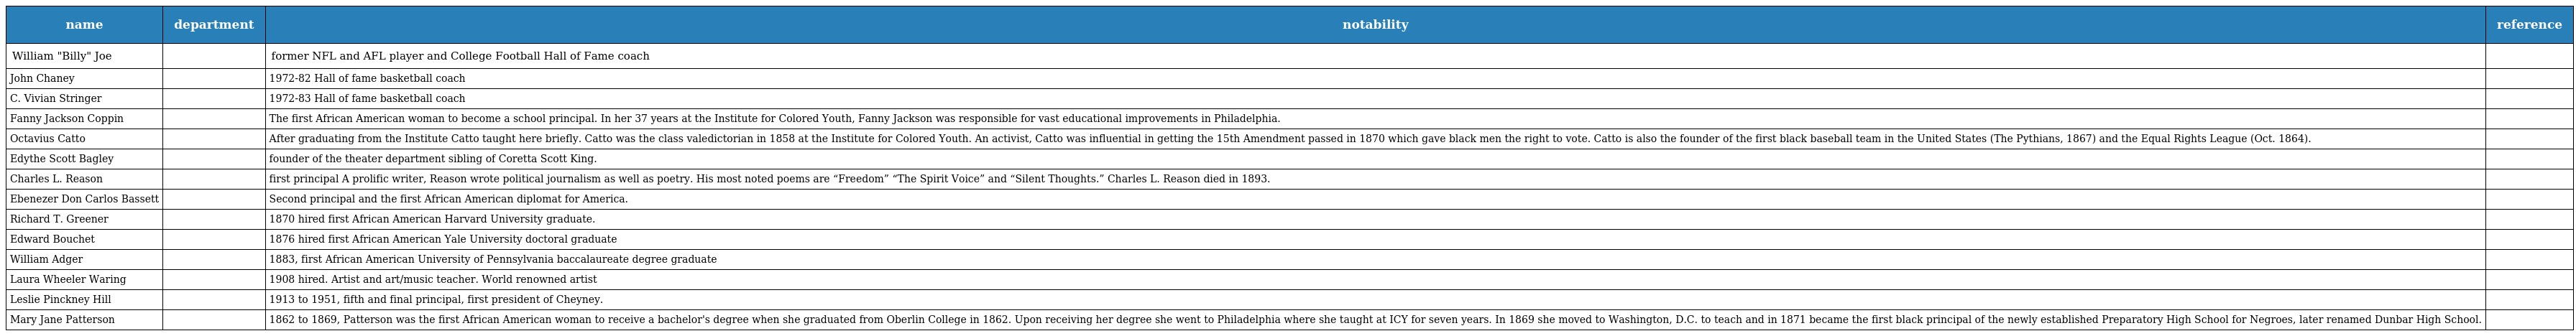
| name | department | notability | reference |
 | --- | --- | --- | --- |
 | William "Billy" Joe |  | former NFL and AFL player and College Football Hall of Fame coach |  |
 | John Chaney |  | 1972-82 Hall of fame basketball coach |  |
 | C. Vivian Stringer |  | 1972-83 Hall of fame basketball coach |  |
 | Fanny Jackson Coppin |  | The first African American woman to become a school principal. In her 37 years at the Institute for Colored Youth, Fanny Jackson was responsible for vast educational improvements in Philadelphia. |  |
 | Octavius Catto |  | After graduating from the Institute Catto taught here briefly. Catto was the class valedictorian in 1858 at the Institute for Colored Youth. An activist, Catto was influential in getting the 15th Amendment passed in 1870 which gave black men the right to vote. Catto is also the founder of the first black baseball team in the United States (The Pythians, 1867) and the Equal Rights League (Oct. 1864). |  |
 | Edythe Scott Bagley |  | founder of the theater department sibling of Coretta Scott King. |  |
 | Charles L. Reason |  | first principal A prolific writer, Reason wrote political journalism as well as poetry. His most noted poems are “Freedom” “The Spirit Voice” and “Silent Thoughts.” Charles L. Reason died in 1893. |  |
 | Ebenezer Don Carlos Bassett |  | Second principal and the first African American diplomat for America. |  |
 | Richard T. Greener |  | 1870 hired first African American Harvard University graduate. |  |
 | Edward Bouchet |  | 1876 hired first African American Yale University doctoral graduate |  |
 | William Adger |  | 1883, first African American University of Pennsylvania baccalaureate degree graduate |  |
 | Laura Wheeler Waring |  | 1908 hired. Artist and art/music teacher. World renowned artist |  |
 | Leslie Pinckney Hill |  | 1913 to 1951, fifth and final principal, first president of Cheyney. |  |
 | Mary Jane Patterson |  | 1862 to 1869, Patterson was the first African American woman to receive a bachelor's degree when she graduated from Oberlin College in 1862. Upon receiving her degree she went to Philadelphia where she taught at ICY for seven years. In 1869 she moved to Washington, D.C. to teach and in 1871 became the first black principal of the newly established Preparatory High School for Negroes, later renamed Dunbar High School. |  |